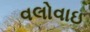
વલોવાઇ